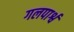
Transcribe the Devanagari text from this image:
गलपार्श्व